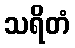
သရိတံ